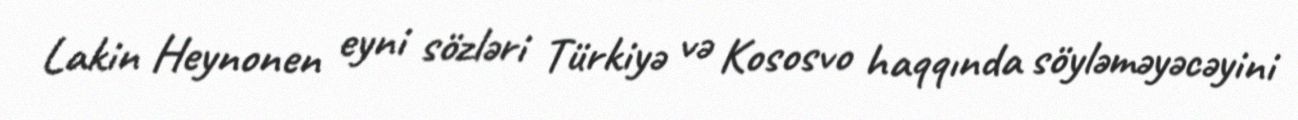
Lakin Heynonen eyni sözləri Türkiyə və Kososvo haqqında söyləməyəcəyini